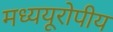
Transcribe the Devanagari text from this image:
मध्ययूरोपीय